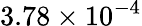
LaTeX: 3.78\times 10^{-4}